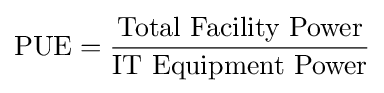
\mathrm {PUE} ={{\mbox{Total Facility Power}} \over {\mbox{IT Equipment Power}}}